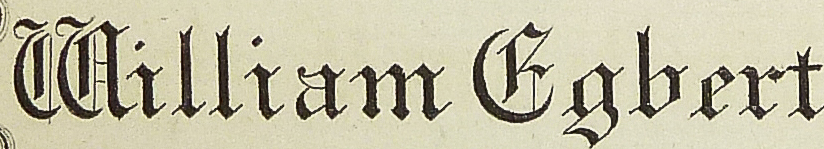
William #gbert